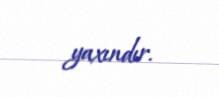
yaxındır.